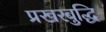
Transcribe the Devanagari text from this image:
प्रखरबुद्धि